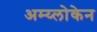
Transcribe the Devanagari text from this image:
अम्य्लोकेन